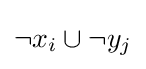
\neg {x_{i}}\cup \neg {y_{j}}